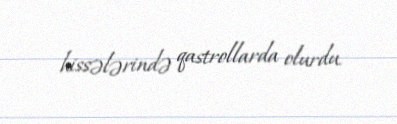
hissələrində qastrollarda olurdu.